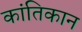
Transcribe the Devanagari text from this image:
कांतिकान